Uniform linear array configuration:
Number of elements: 32
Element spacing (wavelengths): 0.5
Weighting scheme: exponential
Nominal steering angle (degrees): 15
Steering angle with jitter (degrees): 16.469
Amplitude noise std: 0.05
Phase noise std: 0.05

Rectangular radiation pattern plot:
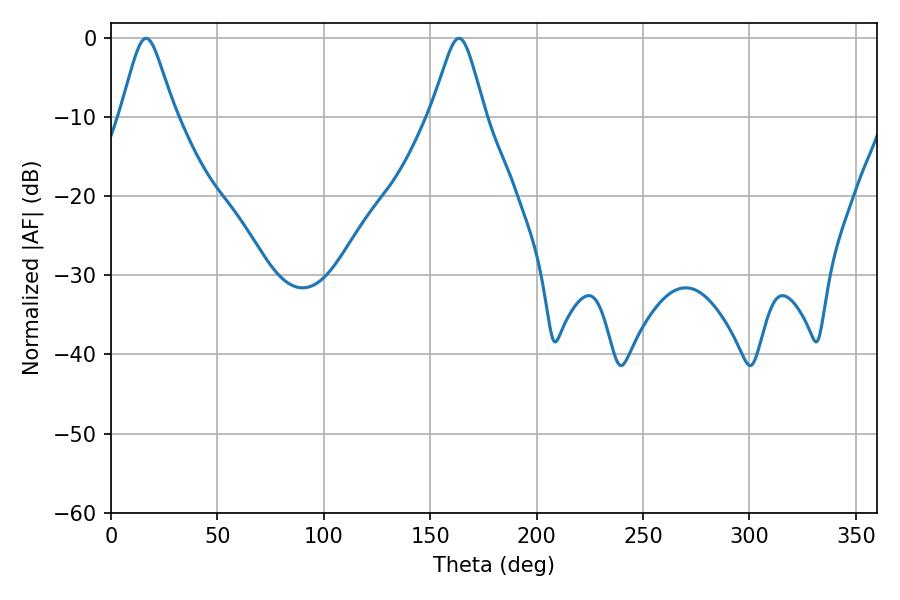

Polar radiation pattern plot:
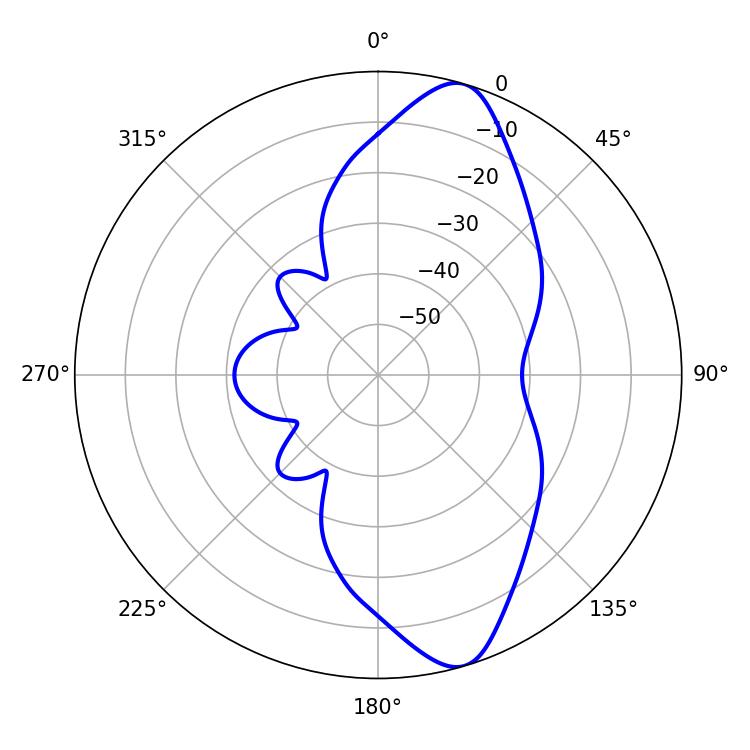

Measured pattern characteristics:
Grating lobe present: FALSE
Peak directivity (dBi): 10.991
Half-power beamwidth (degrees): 12.06
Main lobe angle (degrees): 16.56